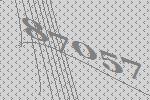
87057